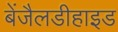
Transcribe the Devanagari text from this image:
बेंजैलडीहाइड